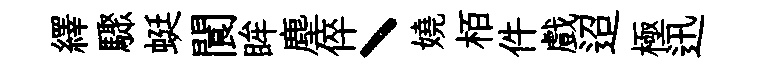
繹驟蜓閬眸塵倅丶嬈栢件戲迢極迅